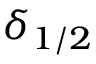
\delta _ { 1 / 2 }